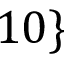
1 0 \}